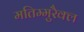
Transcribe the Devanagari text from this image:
मतिम्मुरैक्ल